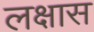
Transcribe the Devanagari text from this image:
लक्षास